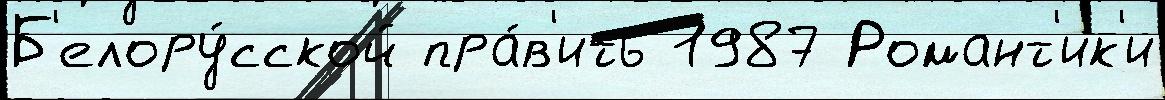
Б'елору́сской пра́в'ить 1987 Романт'ик'и